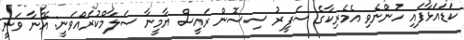
ކަޑައަޅާފައި ހުންނެވި އެމެރިކާގެ ސަފީރު ސިސޮން ރައީސް ޔާމީނާ ސަލާމްކުރައްވަނީ: އޭނާ ވަނީ